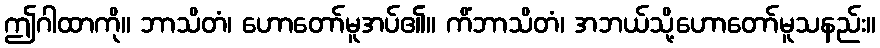
ဤဂါထာကို။ ဘာသိတံ၊ ဟောတော်မူအပ်၏။ ကိံဘာသိတံ၊ အဘယ်သို့ဟောတော်မူသနည်း။